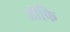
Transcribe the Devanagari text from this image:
ऑफि